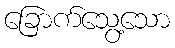
ခြောက်သွေ့သော